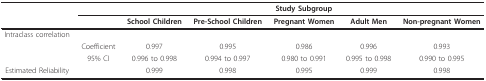
|  |  | <COLSPAN=5> Study Subgroup |
 |  |  | School Children | Pre-School Children | Pregnant Women | Adult Men | Non-pregnant Women |
 | --- | --- | --- | --- | --- | --- | --- |
 | Intraclass correlation |  |  |  |  |  |  |
 |  | Coefficient | 0.997 | 0.995 | 0.986 | 0.996 | 0.993 |
 |  | 95% CI | 0.996 to 0.998 | 0.994 to 0.997 | 0.980 to 0.991 | 0.995 to 0.998 | 0.990 to 0.995 |
 | Estimated Reliability |  | 0.999 | 0.998 | 0.995 | 0.999 | 0.998 |